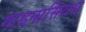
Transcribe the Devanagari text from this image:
गाइनासियम